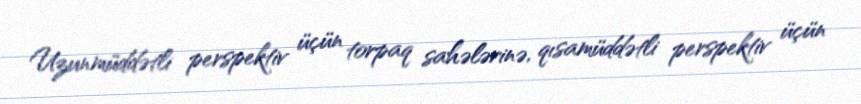
Uzunmüddətli perspektiv üçün torpaq sahələrinə, qısamüddətli perspektiv üçün